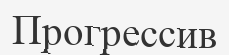
Прогрессив